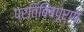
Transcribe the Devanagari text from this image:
प्रतिबिंबपूर्ण